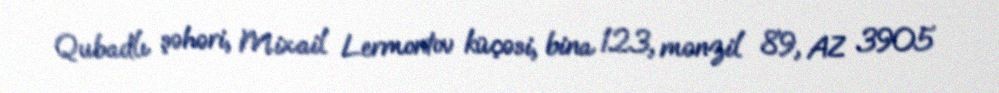
Qubadlı şəhəri, Mixail Lermontov küçəsi, bina 123, mənzil 89, AZ 3905